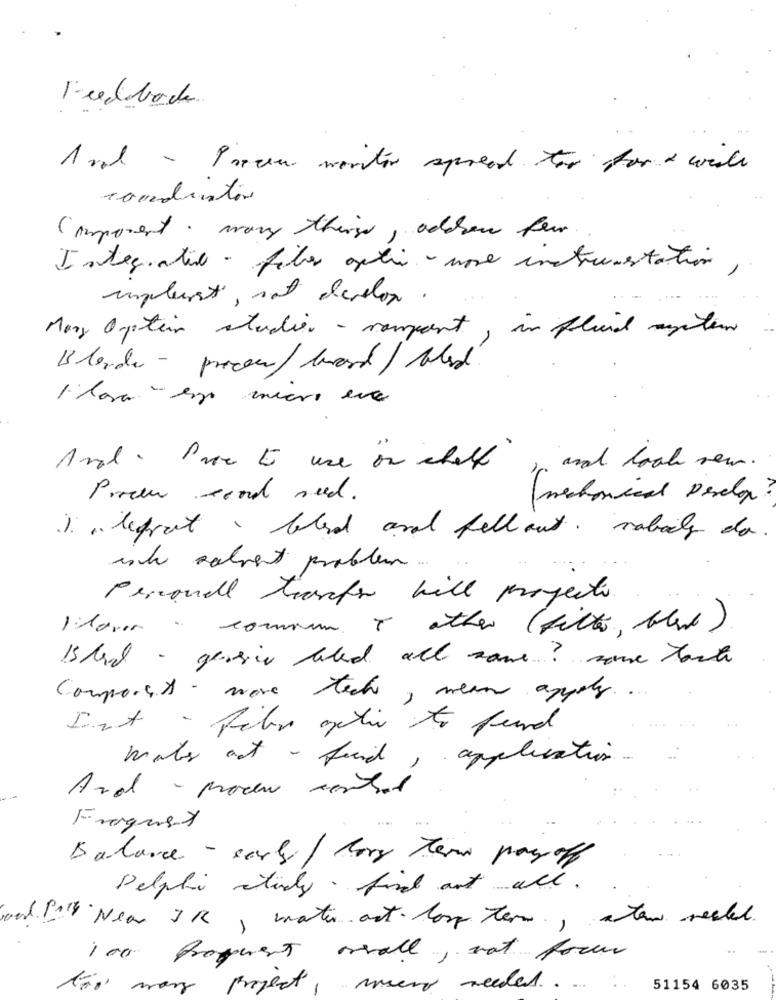
Feedback
Ard - Proces monitor spread for for a wish
Component, mary things, addon four
Integrative - fiber optic - une instrumentation,
implement, not deador.
Mary Opter studies - rampant, in fluid atem
Blonde - proces / bord / blad.
Flora espe micro en
Anal . Prove to use on shelf" in and look sem .
Poreen woord need .
(mechanical Derely ?
) , lefreet, blod and fellout. rabaly do .
ich sahrent problem ...
Personell tranfer will proyectos.
Ilover - commun T other (filter, blad)
Is hard - gersie laled all same? come tach
Composes - wave tech,
, mean angely ....
Ist - fiber optic to fund
male aut - find,
, application.
And - proven central
Fragust
Balance - serby / Tory term pay off
Delphi study. find out all .
soud In New JR, water act long term, a ten reell
100 Proquest orall, not form
ta mary project, muevo needed .....
51154 6035